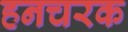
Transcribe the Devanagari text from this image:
हनचरक